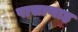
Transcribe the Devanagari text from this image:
पासाणाह